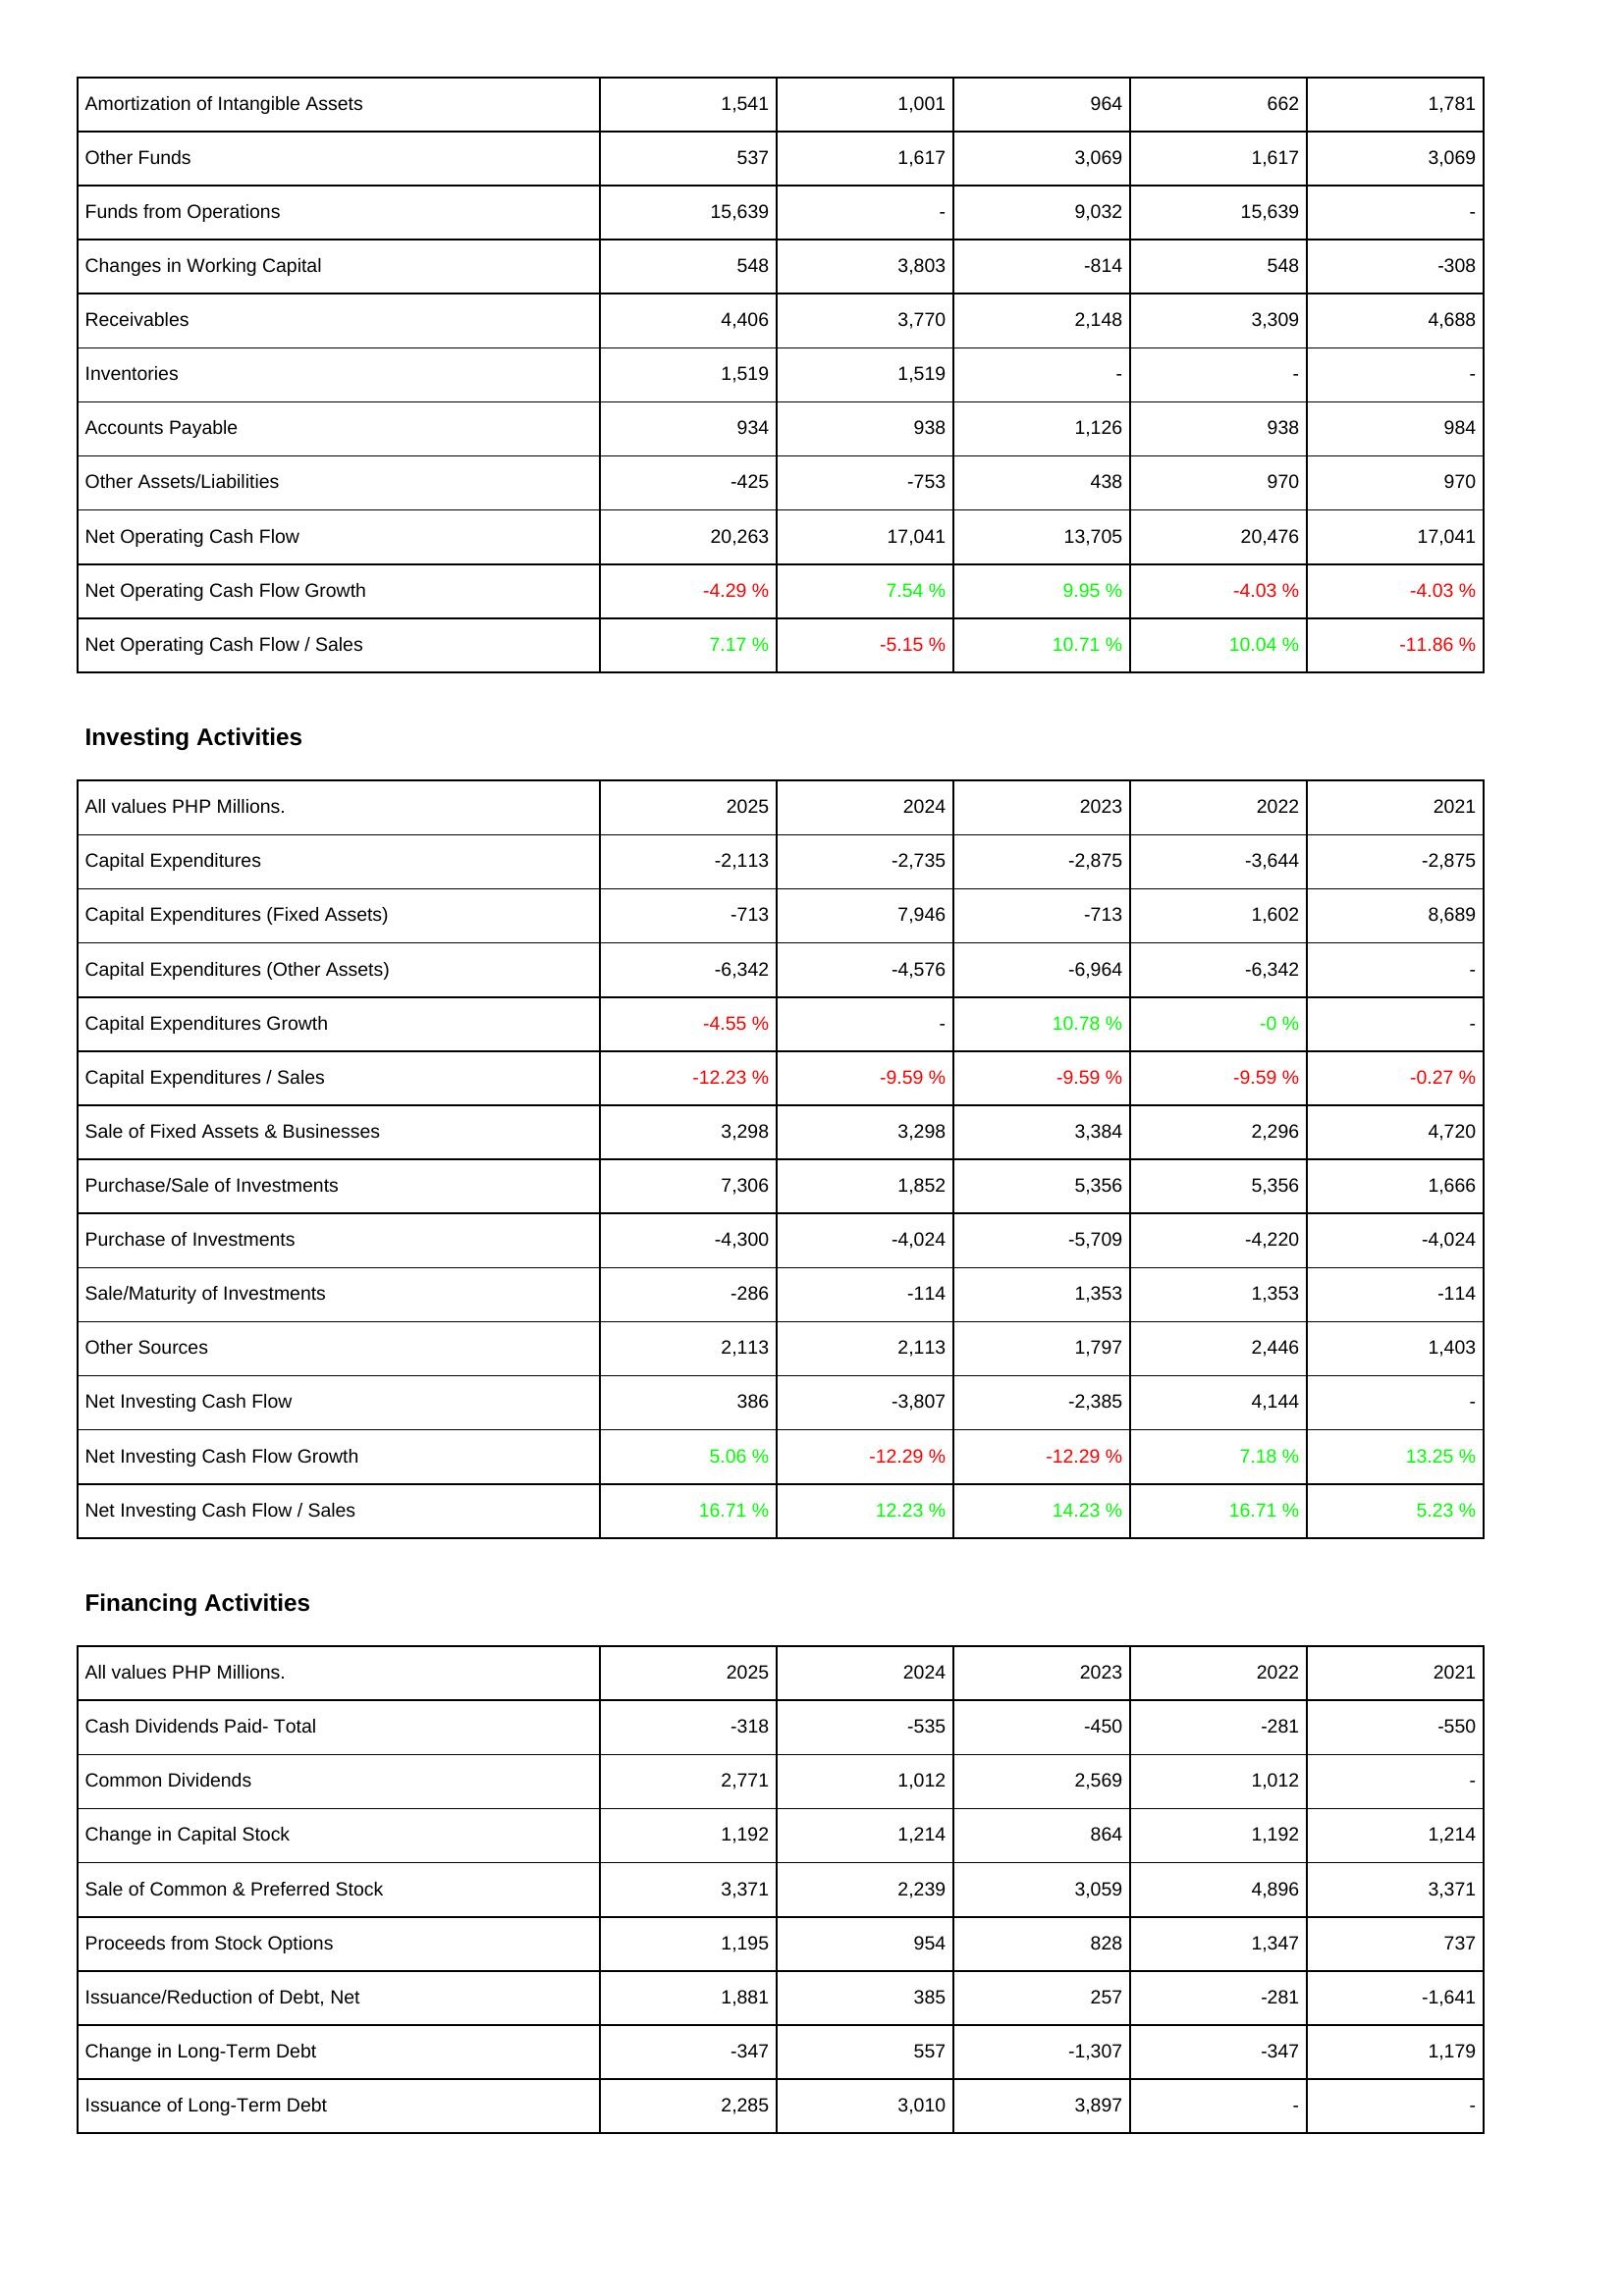
2025: Operating Activities: Amortization of Intangible Assets: 1,541
Other Funds: 537
Funds from Operations: 15,639
Changes in Working Capital: 548
Receivables: 4,406
Inventories: 1,519
Accounts Payable: 934
Other Assets/Liabilities: -425
Net Operating Cash Flow: 20,263
Net Operating Cash Flow Growth: -4.29 %
Net Operating Cash Flow / Sales: 7.17 %
Investing Activities: Capital Expenditures: -2,113
Capital Expenditures (Fixed Assets): -713
Capital Expenditures (Other Assets): -6,342
Capital Expenditures Growth: -4.55 %
Capital Expenditures / Sales: -12.23 %
Sale of Fixed Assets & Businesses: 3,298
Purchase/Sale of Investments: 7,306
Purchase of Investments: -4,300
Sale/Maturity of Investments: -286
Other Sources: 2,113
Net Investing Cash Flow: 386
Net Investing Cash Flow Growth: 5.06 %
Net Investing Cash Flow / Sales: 16.71 %
Financing Activities: Cash Dividends Paid- Total: -318
Common Dividends: 2,771
Change in Capital Stock: 1,192
Sale of Common & Preferred Stock: 3,371
Proceeds from Stock Options: 1,195
Issuance/Reduction of Debt, Net: 1,881
Change in Long-Term Debt: -347
Issuance of Long-Term Debt: 2,285
2024: Operating Activities: Amortization of Intangible Assets: 1,001
Other Funds: 1,617
Funds from Operations: -
Changes in Working Capital: 3,803
Receivables: 3,770
Inventories: 1,519
Accounts Payable: 938
Other Assets/Liabilities: -753
Net Operating Cash Flow: 17,041
Net Operating Cash Flow Growth: 7.54 %
Net Operating Cash Flow / Sales: -5.15 %
Investing Activities: Capital Expenditures: -2,735
Capital Expenditures (Fixed Assets): 7,946
Capital Expenditures (Other Assets): -4,576
Capital Expenditures Growth: -
Capital Expenditures / Sales: -9.59 %
Sale of Fixed Assets & Businesses: 3,298
Purchase/Sale of Investments: 1,852
Purchase of Investments: -4,024
Sale/Maturity of Investments: -114
Other Sources: 2,113
Net Investing Cash Flow: -3,807
Net Investing Cash Flow Growth: -12.29 %
Net Investing Cash Flow / Sales: 12.23 %
Financing Activities: Cash Dividends Paid- Total: -535
Common Dividends: 1,012
Change in Capital Stock: 1,214
Sale of Common & Preferred Stock: 2,239
Proceeds from Stock Options: 954
Issuance/Reduction of Debt, Net: 385
Change in Long-Term Debt: 557
Issuance of Long-Term Debt: 3,010
2023: Operating Activities: Amortization of Intangible Assets: 964
Other Funds: 3,069
Funds from Operations: 9,032
Changes in Working Capital: -814
Receivables: 2,148
Inventories: -
Accounts Payable: 1,126
Other Assets/Liabilities: 438
Net Operating Cash Flow: 13,705
Net Operating Cash Flow Growth: 9.95 %
Net Operating Cash Flow / Sales: 10.71 %
Investing Activities: Capital Expenditures: -2,875
Capital Expenditures (Fixed Assets): -713
Capital Expenditures (Other Assets): -6,964
Capital Expenditures Growth: 10.78 %
Capital Expenditures / Sales: -9.59 %
Sale of Fixed Assets & Businesses: 3,384
Purchase/Sale of Investments: 5,356
Purchase of Investments: -5,709
Sale/Maturity of Investments: 1,353
Other Sources: 1,797
Net Investing Cash Flow: -2,385
Net Investing Cash Flow Growth: -12.29 %
Net Investing Cash Flow / Sales: 14.23 %
Financing Activities: Cash Dividends Paid- Total: -450
Common Dividends: 2,569
Change in Capital Stock: 864
Sale of Common & Preferred Stock: 3,059
Proceeds from Stock Options: 828
Issuance/Reduction of Debt, Net: 257
Change in Long-Term Debt: -1,307
Issuance of Long-Term Debt: 3,897
2022: Operating Activities: Amortization of Intangible Assets: 662
Other Funds: 1,617
Funds from Operations: 15,639
Changes in Working Capital: 548
Receivables: 3,309
Inventories: -
Accounts Payable: 938
Other Assets/Liabilities: 970
Net Operating Cash Flow: 20,476
Net Operating Cash Flow Growth: -4.03 %
Net Operating Cash Flow / Sales: 10.04 %
Investing Activities: Capital Expenditures: -3,644
Capital Expenditures (Fixed Assets): 1,602
Capital Expenditures (Other Assets): -6,342
Capital Expenditures Growth: -0 %
Capital Expenditures / Sales: -9.59 %
Sale of Fixed Assets & Businesses: 2,296
Purchase/Sale of Investments: 5,356
Purchase of Investments: -4,220
Sale/Maturity of Investments: 1,353
Other Sources: 2,446
Net Investing Cash Flow: 4,144
Net Investing Cash Flow Growth: 7.18 %
Net Investing Cash Flow / Sales: 16.71 %
Financing Activities: Cash Dividends Paid- Total: -281
Common Dividends: 1,012
Change in Capital Stock: 1,192
Sale of Common & Preferred Stock: 4,896
Proceeds from Stock Options: 1,347
Issuance/Reduction of Debt, Net: -281
Change in Long-Term Debt: -347
Issuance of Long-Term Debt: -
2021: Operating Activities: Amortization of Intangible Assets: 1,781
Other Funds: 3,069
Funds from Operations: -
Changes in Working Capital: -308
Receivables: 4,688
Inventories: -
Accounts Payable: 984
Other Assets/Liabilities: 970
Net Operating Cash Flow: 17,041
Net Operating Cash Flow Growth: -4.03 %
Net Operating Cash Flow / Sales: -11.86 %
Investing Activities: Capital Expenditures: -2,875
Capital Expenditures (Fixed Assets): 8,689
Capital Expenditures (Other Assets): -
Capital Expenditures Growth: -
Capital Expenditures / Sales: -0.27 %
Sale of Fixed Assets & Businesses: 4,720
Purchase/Sale of Investments: 1,666
Purchase of Investments: -4,024
Sale/Maturity of Investments: -114
Other Sources: 1,403
Net Investing Cash Flow: -
Net Investing Cash Flow Growth: 13.25 %
Net Investing Cash Flow / Sales: 5.23 %
Financing Activities: Cash Dividends Paid- Total: -550
Common Dividends: -
Change in Capital Stock: 1,214
Sale of Common & Preferred Stock: 3,371
Proceeds from Stock Options: 737
Issuance/Reduction of Debt, Net: -1,641
Change in Long-Term Debt: 1,179
Issuance of Long-Term Debt: -